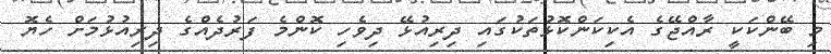
މި ބޭންކަކީ ރާއްޖޭގެ އެކިކަންކޮޅުތަކުގައި ދިރިއުޅޭ ދިވެހި ކޮންމެ ފަރުދެއްގެ ދިރިއުޅުމަށް ހެޔޮ